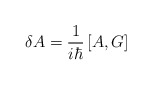
\begin{align*}\delta A=\frac{1}{i\hbar}\left[ A, G\right]\end{align*}